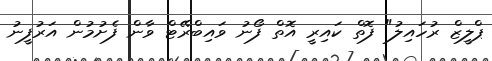
ޕްލީޒް ރުހައިލު" ފޮތް ކައިރީ އޮތް ފޯނު ވައިބްރޭޓް ވާން ފެށުމުން އަރުފީނު